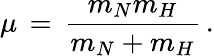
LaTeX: \mu\, =\, \frac{m_{N}m_{H}}{m_{N}+m_{H}}\, .